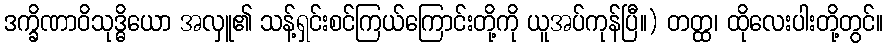
ဒက္ခိဏာဝိသုဒ္ဓိယော အလှူ၏ သန့်ရှင်းစင်ကြယ်ကြောင်းတို့ကို ယူအပ်ကုန်ပြီ။) တတ္ထ၊ ထိုလေးပါးတို့တွင်။